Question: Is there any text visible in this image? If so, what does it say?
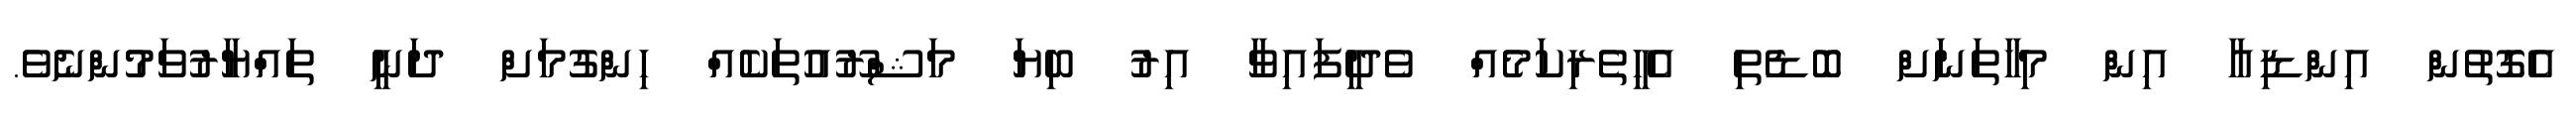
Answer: އެގޮތުން އިންޑިއާ އިން މިހާތަނަށް ބޮޑެތި އެހީތެރިކަމެއް ވެދީފައިވާ އިރު ބިޔަ މަޝްރޫއުތަކެއް ހިންގުމަށް ދަނީ ތައްޔާރުވަމުންނެވެ.